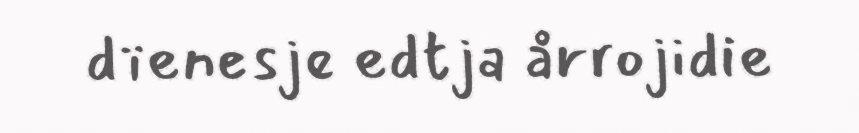
dïenesje edtja årrojidie